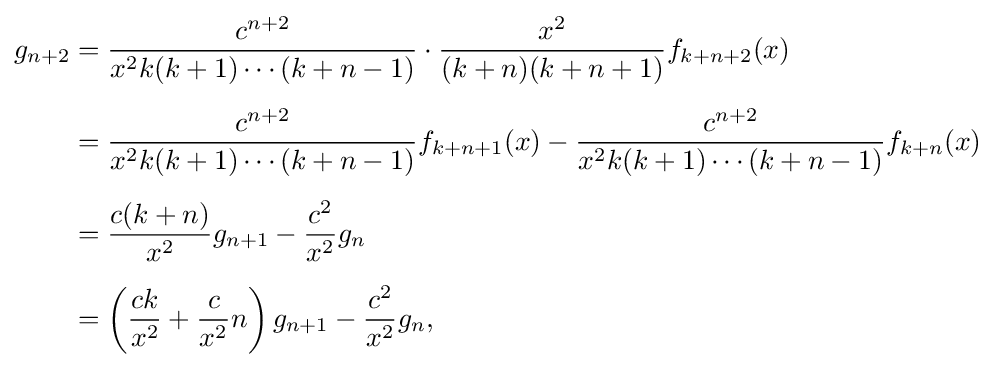
{\begin{aligned}g_{n+2}&={\frac {c^{n+2}}{x^{2}k(k+1)\cdots (k+n-1)}}\cdot {\frac {x^{2}}{(k+n)(k+n+1)}}f_{k+n+2}(x)\\[5pt]&={\frac {c^{n+2}}{x^{2}k(k+1)\cdots (k+n-1)}}f_{k+n+1}(x)-{\frac {c^{n+2}}{x^{2}k(k+1)\cdots (k+n-1)}}f_{k+n}(x)\\[5pt]&={\frac {c(k+n)}{x^{2}}}g_{n+1}-{\frac {c^{2}}{x^{2}}}g_{n}\\[5pt]&=\left({\frac {ck}{x^{2}}}+{\frac {c}{x^{2}}}n\right)g_{n+1}-{\frac {c^{2}}{x^{2}}}g_{n},\end{aligned}}